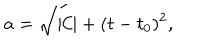
a = \sqrt { | \mathcal { C } | + ( t - t _ { 0 } ) ^ { 2 } } ,